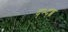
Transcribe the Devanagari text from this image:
द्भ्द्ब्ब